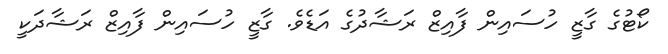
ކޯޓުގެ ގާޒީ ހުސައިން ފާއިޒް ރަޝާދުގެ އަޑެވެ. ގާޒީ ހުސައިން ފާއިޒް ރަޝާދަކީ